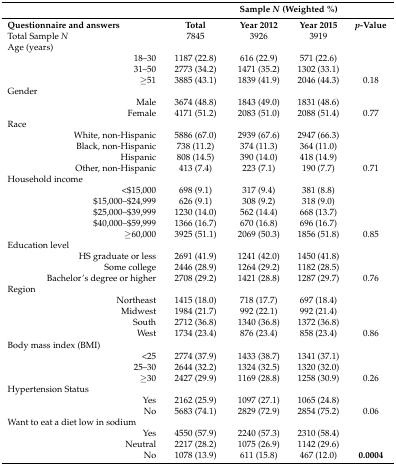
<table><thead><tr><td></td><td></td><td colspan="2"><b>Sample <i>N</i> (Weighted %)</b></td><td></td></tr><tr><td><b>Questionnaire and answers</b></td><td><b>Total</b></td><td><b>Year 2012</b></td><td><b>Year 2015</b></td><td><b><i>p</i>-Value</b></td></tr></thead><tbody><tr><td>Total Sample <i>N</i></td><td>7845</td><td>3926</td><td>3919</td><td></td></tr><tr><td>Age (years)</td><td></td><td></td><td></td><td></td></tr><tr><td>18–30</td><td>1187 (22.8)</td><td>616 (22.9)</td><td>571 (22.6)</td><td></td></tr><tr><td>31–50</td><td>2773 (34.2)</td><td>1471 (35.2)</td><td>1302 (33.1)</td><td></td></tr><tr><td>≥51</td><td>3885 (43.1)</td><td>1839 (41.9)</td><td>2046 (44.3)</td><td>0.18</td></tr><tr><td>Gender</td><td></td><td></td><td></td><td></td></tr><tr><td>Male</td><td>3674 (48.8)</td><td>1843 (49.0)</td><td>1831 (48.6)</td><td></td></tr><tr><td>Female</td><td>4171 (51.2)</td><td>2083 (51.0)</td><td>2088 (51.4)</td><td>0.77</td></tr><tr><td>Race</td><td></td><td></td><td></td><td></td></tr><tr><td>White, non-Hispanic</td><td>5886 (67.0)</td><td>2939 (67.6)</td><td>2947 (66.3)</td><td></td></tr><tr><td>Black, non-Hispanic</td><td>738 (11.2)</td><td>374 (11.3)</td><td>364 (11.0)</td><td></td></tr><tr><td>Hispanic</td><td>808 (14.5)</td><td>390 (14.0)</td><td>418 (14.9)</td><td></td></tr><tr><td>Other, non-Hispanic</td><td>413 (7.4)</td><td>223 (7.1)</td><td>190 (7.7)</td><td>0.71</td></tr><tr><td>Household income</td><td></td><td></td><td></td><td></td></tr><tr><td>&lt;$15,000</td><td>698 (9.1)</td><td>317 (9.4)</td><td>381 (8.8)</td><td></td></tr><tr><td>$15,000–$24,999</td><td>626 (9.1)</td><td>308 (9.2)</td><td>318 (9.0)</td><td></td></tr><tr><td>$25,000–$39,999</td><td>1230 (14.0)</td><td>562 (14.4)</td><td>668 (13.7)</td><td></td></tr><tr><td>$40,000–$59,999</td><td>1366 (16.7)</td><td>670 (16.8)</td><td>696 (16.7)</td><td></td></tr><tr><td>≥60,000</td><td>3925 (51.1)</td><td>2069 (50.3)</td><td>1856 (51.8)</td><td>0.85</td></tr><tr><td>Education level</td><td></td><td></td><td></td><td></td></tr><tr><td>HS graduate or less</td><td>2691 (41.9)</td><td>1241 (42.0)</td><td>1450 (41.8)</td><td></td></tr><tr><td>Some college</td><td>2446 (28.9)</td><td>1264 (29.2)</td><td>1182 (28.5)</td><td></td></tr><tr><td>Bachelor’s degree or higher</td><td>2708 (29.2)</td><td>1421 (28.8)</td><td>1287 (29.7)</td><td>0.76</td></tr><tr><td>Region</td><td></td><td></td><td></td><td></td></tr><tr><td>Northeast</td><td>1415 (18.0)</td><td>718 (17.7)</td><td>697 (18.4)</td><td></td></tr><tr><td>Midwest</td><td>1984 (21.7)</td><td>992 (22.1)</td><td>992 (21.4)</td><td></td></tr><tr><td>South</td><td>2712 (36.8)</td><td>1340 (36.8)</td><td>1372 (36.8)</td><td></td></tr><tr><td>West</td><td>1734 (23.4)</td><td>876 (23.4)</td><td>858 (23.4)</td><td>0.86</td></tr><tr><td>Body mass index (BMI)</td><td></td><td></td><td></td><td></td></tr><tr><td>&lt;25</td><td>2774 (37.9)</td><td>1433 (38.7)</td><td>1341 (37.1)</td><td></td></tr><tr><td>25–30</td><td>2644 (32.2)</td><td>1324 (32.5)</td><td>1320 (32.0)</td><td></td></tr><tr><td>≥30</td><td>2427 (29.9)</td><td>1169 (28.8)</td><td>1258 (30.9)</td><td>0.26</td></tr><tr><td>Hypertension Status</td><td></td><td></td><td></td><td></td></tr><tr><td>Yes</td><td>2162 (25.9)</td><td>1097 (27.1)</td><td>1065 (24.8)</td><td></td></tr><tr><td>No</td><td>5683 (74.1)</td><td>2829 (72.9)</td><td>2854 (75.2)</td><td>0.06</td></tr><tr><td>Want to eat a diet low in sodium</td><td></td><td></td><td></td><td></td></tr><tr><td>Yes</td><td>4550 (57.9)</td><td>2240 (57.3)</td><td>2310 (58.4)</td><td></td></tr><tr><td>Neutral</td><td>2217 (28.2)</td><td>1075 (26.9)</td><td>1142 (29.6)</td><td></td></tr><tr><td>No</td><td>1078 (13.9)</td><td>611 (15.8)</td><td>467 (12.0)</td><td><b>0.0004</b></td></tr></tbody></table>